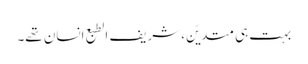
بہت ہی متدیّن، شریف الطبع انسان تھے۔